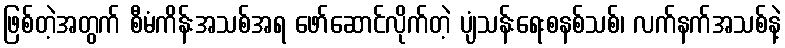
ဖြစ်တဲ့အတွက် စီမံကိန်းအသစ်အရ ဖော်ဆောင်လိုက်တဲ့ ပျံသန်းရေးစနစ်သစ်၊ လက်နက်အသစ်နဲ့